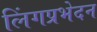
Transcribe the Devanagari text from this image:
लिंगप्रभेदन